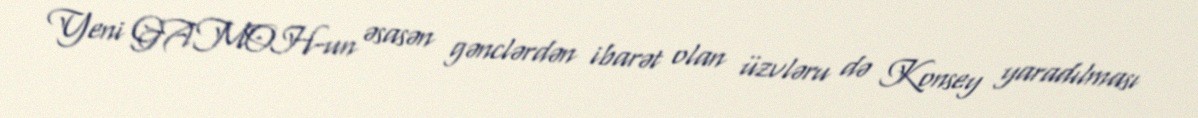
Yeni GAMOH-un əsasən gənclərdən ibarət olan üzvləru də Konsey yaradılması